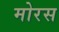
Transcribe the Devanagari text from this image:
मोरस